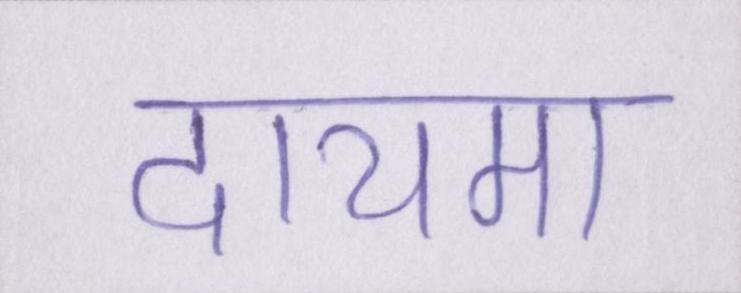
दायमा